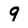
Character: 9